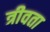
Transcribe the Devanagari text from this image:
त्रीवता